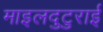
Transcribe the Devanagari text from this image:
माइलदुटुराई